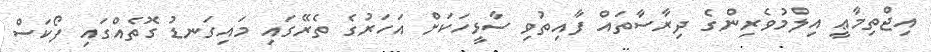
އިޖްތިމާޢީ އިލްމުވެރިންގެ ދިރާސާތައް ފާއިތުވި ސާޅީހަކަށް އަހަރުގެ ތެރޭގައި މައިގަނޑު ގޮތެއްގައި ފޯކަސް